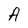
Character: A